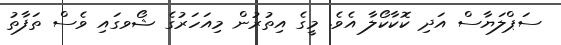
ސަޕްލަޔާސް އަދި ކޮކާކޯލާ އެވެ. މީގެ އިތުރުން މިއަހަރުގެ ޝޯވގައި ވެސް ތަފާތު